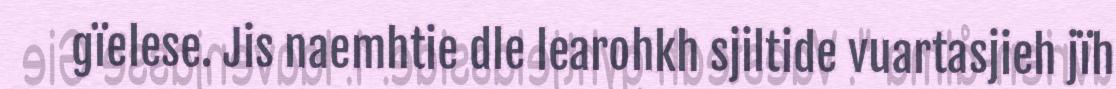
gïelese. Jis naemhtie dle learohkh sjiltide vuartasjieh jïh